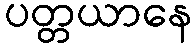
ပတ္တယာနေ